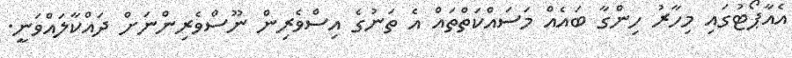
އެއާޕޯޓުގައި މިހާރު ހިންގާ ބައެއް މަސައްކަތްތައް އެ ތަނުގެ އިސްވެރިން ނޫސްވެރިންނަށް ދައްކާލައްވަނީ.